Report on vaccination in the Province of Bengal - 1869-1873
Year: 1869
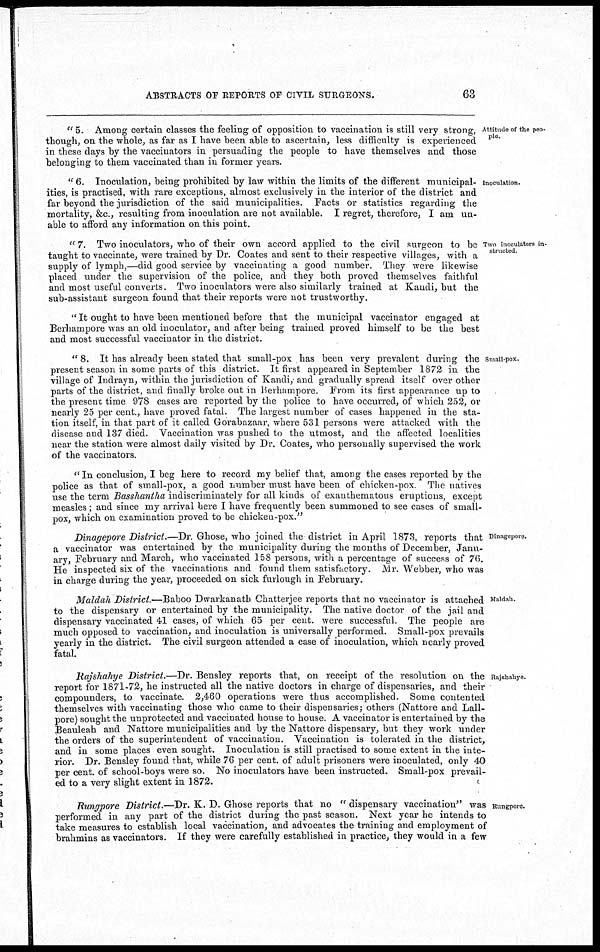
ABSTRACTS OF REPORTS OF CIVIL SURGEONS.
63
Attitude of the peo-
ple.
" 5. Among certain classes the feeling of opposition to vaccination is still very strong,
though, on the whole, as far as I have been able to ascertain, less difficulty is experienced
in these days by the vaccinators in persuading the people to have themselves and those
belonging to them vaccinated than in former years.
Inoculation.
" 6. Inoculation, being prohibited by law within the limits of the different municipal-
ities, is practised, with rare exceptions, almost exclusively in the interior of the district and
far beyond the jurisdiction of the said municipalities. Facts or statistics regarding the
mortality, &c., resulting from inoculation are not available. I regret, therefore, I am un-
able to afford any information on this point.
Two inoculators in-
structed.
" 7. Two inoculators, who of their own accord applied to the civil surgeon to be
taught to vaccinate, were trained by Dr. Coates and sent to their respective villages, with a
supply of lymph,—did good service by vaccinating a good number. They were likewise
placed under the supervision of the police, and they both proved themselves faithful
and most useful converts. Two inoculators were also similarly trained at Kandi, but the
sub-assistant surgeon found that their reports were not trustworthy.
" It ought to have been mentioned before that the municipal vaccinator engaged at
Berhampore was an old inoculator, and after being trained proved himself to be the best
and most successful vaccinator in the district.
Small-pox.
" 8. It has already been stated that small-pox has been very prevalent during the
present season in some parts of this district. It first appeared in September 1872 in the
village of Indrayn, within the jurisdiction of Kandi, and gradually spread itself over other
parts of the district, and finally broke out in Berhampore. From its first appearance up to
the present time 978 cases are reported by the police to have occurred, of which 252, or
nearly 25 per cent., have proved fatal. The largest number of cases happened in the sta-
tion itself, in that part of it called Gorabazaar, where 531 persons were attacked with the
disease and 137 died. Vaccination was pushed to the utmost, and the affected localities
near the station were almost daily visited by Dr. Coates, who personally supervised the work
of the vaccinators.
'' In conclusion, I beg here to record my belief that, among the cases reported by the
police as that of small-pox, a good number must have been of chicken-pox The natives
use the term Basshantha indiscriminately for all kinds of exanthematous eruptions, except
measles; and since my arrival here I have frequently been summoned to see cases of small-
pox, which on examination proved to be chicken-pox."
Dinagepore.
Dinagepore District.—Dr. Ghose, who joined the district in April 1873, reports that
a vaccinator was entertained by the municipality during the months of December, Janu-
ary, February and March, who vaccinated 158 persons, with a percentage of success of 76.
He inspected six of the vaccinations and found them satisfactory. Mr. Webber, who was
in charge during the year, proceeded on sick furlough in February.
Maldah.
Maldah District.—Baboo Dwarkanath Chatterjee reports that no vaccinator is attached
to the dispensary or entertained by the municipality. The native doctor of the jail and
dispensary vaccinated 41 cases, of which 65 per cent. were successful. The people are
much opposed to vaccination, and inoculation is universally performed. Small-pox prevails
yearly in the district. The civil surgeon attended a case of inoculation, which nearly proved
fatal.
Rajshahye.
Rajshahye District.—Dr. Bensley reports that, on receipt of the resolution on the
report for 1871-72, he instructed all the native doctors in charge of dispensaries, and their
compounders, to vaccinate. 2,460 operations were thus accomplished. Some contented
themselves with vaccinating those who came to their dispensaries; others (Nattore and Lall¬
pore) sought the unprotected and vaccinated house to house. A vaccinator is entertained by the
Beauleah and Nattore municipalities and by the Nattore dispensary, but they work under
the orders of the superintendent of vaccination. Vaccination is tolerated in the district,
and in some places even sought. Inoculation is still practised to some extent in the inte-
rior. Dr. Bensley found that, while 76 per cent. of adult prisoners were inoculated, only 40
per cent. of school-boys were so. No inoculators have been instructed. Small-pox prevail-
ed to a very slight extent in 1872.
Rungpore.
Rungpore District.—Dr. K. D. Ghose reports that no " dispensary vaccination" was
performed in any part of the district during the past season. Next year he intends to
take measures to establish local vaccination, and advocates the training and employment of
brahmins as vaccinators. If they were carefully established in practice, they would in a few